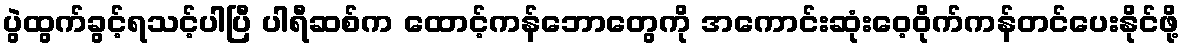
ပွဲထွက်ခွင့်ရသင့်ပါပြီ ပါရီဆစ်က ထောင့်ကန်ဘောတွေကို အကောင်းဆုံးဝေ့ဝိုက်ကန်တင်ပေးနိုင်ဖို့